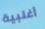
أغلبية